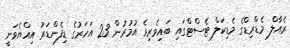
ރެއާލް މެޑްރިޑްގެ މެޑިކަލް ޓެސްޓްގައި ބައިވެރިވެ އުމުރުން 23 އަހަރުގެ ޑިފެންޑަރު އިއްޔެވަނީ